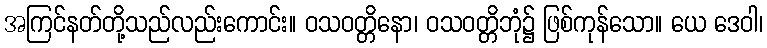
အကြင်နတ်တို့သည်လည်းကောင်း။ ဝသဝတ္တိနော၊ ဝသဝတ္တိဘုံ၌ ဖြစ်ကုန်သော။ ယေ ဒေဝါ၊